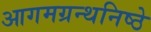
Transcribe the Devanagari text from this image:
आगमग्रन्थनिष्ठे